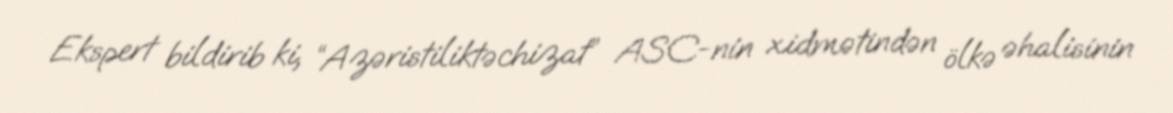
Ekspert bildirib ki, “Azəristiliktəchizat” ASC-nin xidmətindən ölkə əhalisinin